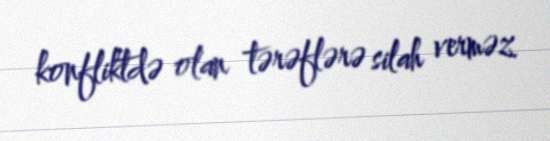
konfliktdə olan tərəflərə silah verməz.